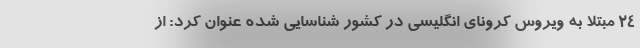
۲۴ مبتلا به ویروس کرونای انگلیسی در کشور شناسایی شده عنوان کرد: از